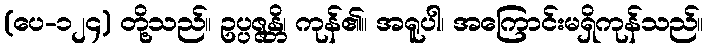
(ပေ-၁၂၄) တို့သည်။ ဥပ္ပဇ္ဇန္တိ၊ ကုန်၏။ အရူပါ၊ အကြောင်းမရှိကုန်သည်။